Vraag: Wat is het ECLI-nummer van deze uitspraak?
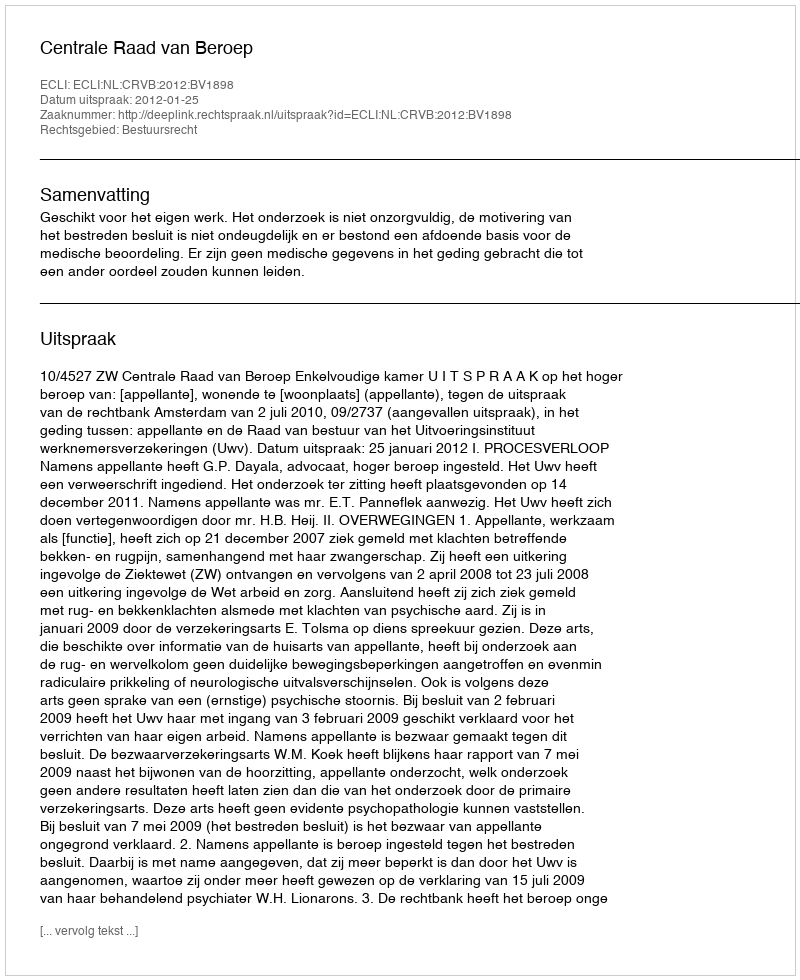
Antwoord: ECLI:NL:CRVB:2012:BV1898